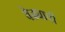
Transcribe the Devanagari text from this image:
वेढ्याची